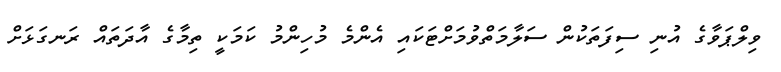
ވިލްޕަވާގެ އުނި ސިފަތަކުން ސަލާމަތްވުމަށްޓަކައި އެންމެ މުހިންމު ކަމަކީ ތިމާގެ އާދަތައް ރަނގަޅަށް